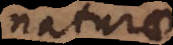
naturae